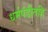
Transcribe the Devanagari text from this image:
धर्मपंडीतहि